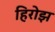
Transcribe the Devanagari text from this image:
हिरोझ